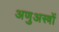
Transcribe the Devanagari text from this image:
अणुअस्त्रों